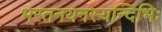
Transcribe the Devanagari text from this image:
भरतनयनस्यन्दिभिः